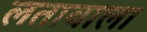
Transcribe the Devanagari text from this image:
लतावाला